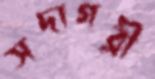
সদাগরী